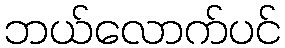
ဘယ်လောက်ပင်